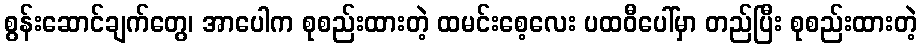
စွန်းဆောင်ချက်တွေ၊ အာပေါက စုစည်းထားတဲ့ ထမင်းစေ့လေး ပထဝီပေါ်မှာ တည်ပြီး စုစည်းထားတဲ့